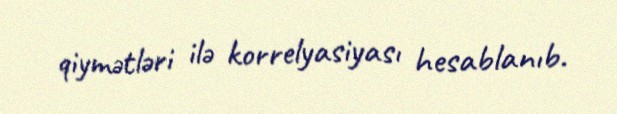
qiymətləri ilə korrelyasiyası hesablanıb.